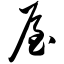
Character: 屋